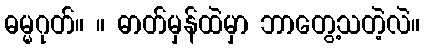
ဓမ္မဂုတ်။ ။ ဓာတ်မှန်ထဲမှာ ဘာတွေ့သတဲ့လဲ။